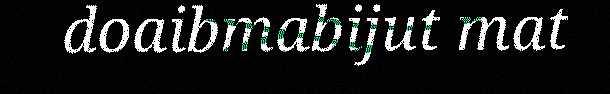
doaibmabijut mat